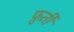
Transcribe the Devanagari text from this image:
फ़ुर्ती